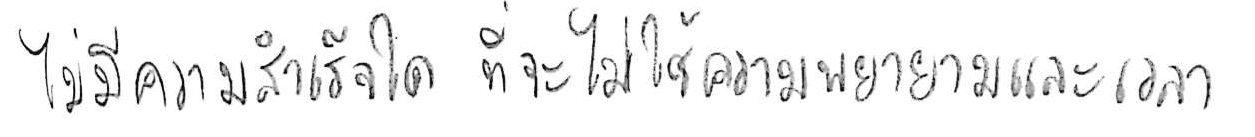
ไม่มีความสำเร็จใด ที่จะไม่ใช้ความพยายามและเวลา